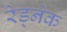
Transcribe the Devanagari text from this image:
रेड्नेक